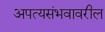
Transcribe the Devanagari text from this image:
अपत्यसंभवावरील